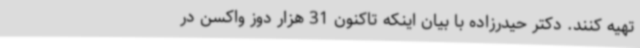
تهیه کنند. دکتر حیدرزاده با بیان اینکه تاکنون 31 هزار دوز واکسن در